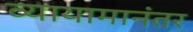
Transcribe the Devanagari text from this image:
व्यायामानंतर